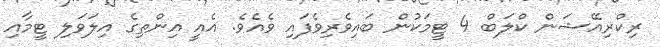
ރިކްރިއޭޝަން ކްލަބް 4 ޓީމަކުން ބައިވެރިވެފައި ވެއެވެ. އެއީ އިންތިގެ އިލަވަލި ޓީމާއި